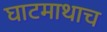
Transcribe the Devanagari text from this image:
घाटमाथाच